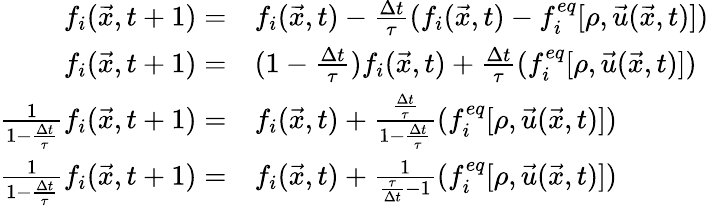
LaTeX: \begin{array}{rl}{f_{i}(\vec{x},t+1)=}&{f_{i}(\vec{x},t)-\frac{\Delta t}{\tau}(f_{i}(\vec{x},t)-f_{i}^{eq}[\rho,\vec{u}(\vec{x},t)])}\\ {f_{i}(\vec{x},t+1)=}&{(1-\frac{\Delta t}{\tau})f_{i}(\vec{x},t)+\frac{\Delta t}{\tau}(f_{i}^{eq}[\rho,\vec{u}(\vec{x},t)])}\\ {\frac{1}{1-\frac{\Delta t}{\tau}}f_{i}(\vec{x},t+1)=}&{f_{i}(\vec{x},t)+\frac{\frac{\Delta t}{\tau}}{1-\frac{\Delta t}{\tau}}(f_{i}^{eq}[\rho,\vec{u}(\vec{x},t)])}\\ {\frac{1}{1-\frac{\Delta t}{\tau}}f_{i}(\vec{x},t+1)=}&{f_{i}(\vec{x},t)+\frac{1}{\frac{\tau}{\Delta t}-1}(f_{i}^{eq}[\rho,\vec{u}(\vec{x},t)])}\end{array}